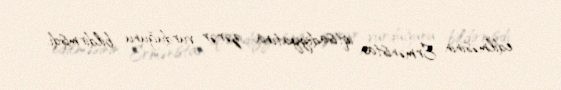
edilməsinin Ermənistan iqtisadiyyatına zərər vurduğunu bildirmişdi.